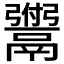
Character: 𫙆